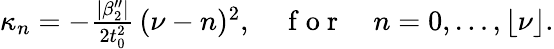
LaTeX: \begin{array}{r}{\kappa_{n}=-\frac{|\beta_{2}^{\prime\prime}|}{2t_{0}^{2}}\, (\nu-n)^{2},\quad\mathrm{~f~o~r~}\quad n=0,\ldots,\lfloor\nu\rfloor.}\end{array}